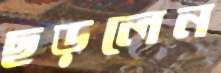
ছড়লেন